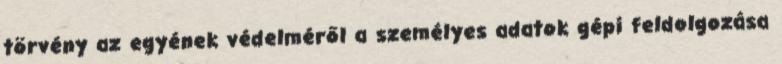
törvény az egyének védelméről a személyes adatok gépi feldolgozása